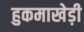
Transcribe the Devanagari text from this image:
हुकमाखेड़ी